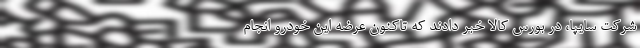
شرکت سایپا، در بورس کالا خبر دادند که تاکنون عرضه این خودرو انجام